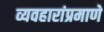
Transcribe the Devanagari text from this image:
व्यवहारांप्रमाणे